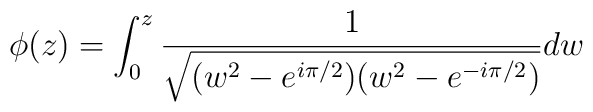
\phi(z) = \int_0^z \frac1{\sqrt{(w^2-e^{i\pi/2})(w^2-e^{-i\pi/2})}} dw